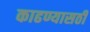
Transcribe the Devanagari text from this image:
काढण्यासठी